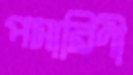
পসারিণী